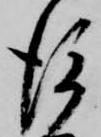
後